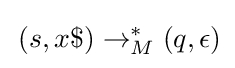
\,(s,x\$)\rightarrow _{M}^{*}(q,\epsilon )